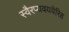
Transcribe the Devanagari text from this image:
स्वैरप्यवयवैरिह